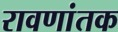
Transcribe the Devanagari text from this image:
रावणांतक